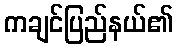
ကချင်ပြည်နယ်၏